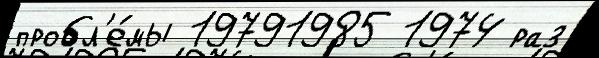
пробл'е́мы 19791985 1974 раз